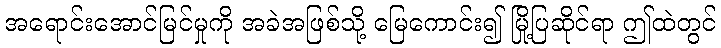
အရောင်းအောင်မြင်မှုကို အခဲအဖြစ်သို့ မြေကောင်း၍ မြို့ပြဆိုင်ရာ ဤထဲတွင်